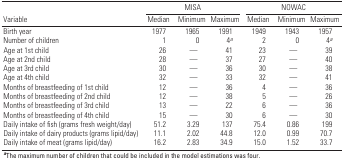
<table><thead><tr><td rowspan="2"><b>Variable</b></td><td colspan="3"><b>MISA</b></td><td colspan="3"><b>NOWAC</b></td></tr><tr><td><b>Median</b></td><td><b>Minimum</b></td><td><b>Maximum</b></td><td><b>Median</b></td><td><b>Minimum</b></td><td><b>Maximum</b></td></tr></thead><tbody><tr><td><b>Birth year</b></td><td>1977</td><td>1965</td><td>1991</td><td>1949</td><td>1943</td><td>1957</td></tr><tr><td><b>Number of children</b></td><td>1</td><td>0</td><td>4<sup><i>a</i></sup></td><td>2</td><td>0</td><td>4<sup><i>a</i></sup></td></tr><tr><td><b>Age at 1st child</b></td><td>26</td><td>—</td><td>41</td><td>23</td><td>—</td><td>39</td></tr><tr><td><b>Age at 2nd child</b></td><td>28</td><td>—</td><td>37</td><td>27</td><td>—</td><td>40</td></tr><tr><td><b>Age at 3rd child</b></td><td>30</td><td>—</td><td>36</td><td>30</td><td>—</td><td>38</td></tr><tr><td><b>Age at 4th child</b></td><td>32</td><td>—</td><td>33</td><td>32</td><td>—</td><td>41</td></tr><tr><td><b>Months of breastfeeding of 1st child</b></td><td>12</td><td>—</td><td>36</td><td>4</td><td>—</td><td>36</td></tr><tr><td><b>Months of breastfeeding of 2nd child</b></td><td>12</td><td>—</td><td>38</td><td>5</td><td>—</td><td>26</td></tr><tr><td><b>Months of breastfeeding of 3rd child</b></td><td>13</td><td>—</td><td>22</td><td>6</td><td>—</td><td>36</td></tr><tr><td><b>Months of breastfeeding of 4th child</b></td><td>15</td><td>—</td><td>30</td><td>6</td><td>—</td><td>30</td></tr><tr><td><b>Daily intake of fish (grams fresh weight/day)</b></td><td>51.2</td><td>3.29</td><td>137</td><td>75.4</td><td>0.86</td><td>199</td></tr><tr><td><b>Daily intake of dairy products (grams lipid/day)</b></td><td>11.1</td><td>2.02</td><td>44.8</td><td>12.0</td><td>0.99</td><td>70.7</td></tr><tr><td><b>Daily intake of meat (grams lipid/day)</b></td><td>16.2</td><td>2.83</td><td>34.9</td><td>15.0</td><td>1.52</td><td>33.7</td></tr><tr><td colspan="7"><sup><i><b>a</b></i></sup>The maximum number of children that could be included in the model estimations was four.</td></tr></tbody></table>